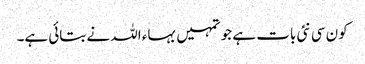
کون سی نئی بات ہے جو تمہیں بہاء اللہ نے بتائی ہے۔